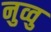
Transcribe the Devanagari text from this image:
नुव्वु